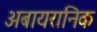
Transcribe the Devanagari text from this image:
अबायरानिक